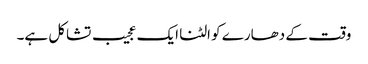
وقت کے دھارے کو الٹنا ایک عجیب تشاکل ہے۔